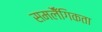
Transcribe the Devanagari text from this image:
समलैँगिकता